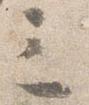
三